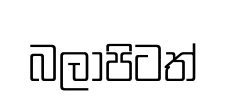
බලාපිටත්